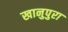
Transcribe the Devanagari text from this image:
खानुपुरा